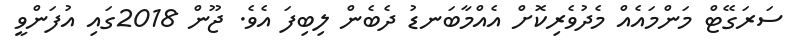
ސަރަގޭޓް މަންމައެއް މެދުވެރިކޮށް އެއްމާބަނޑު ދެބެން ލިބިފަ އެވެ. ޖޫން 2018ގައި އުފަންވީ